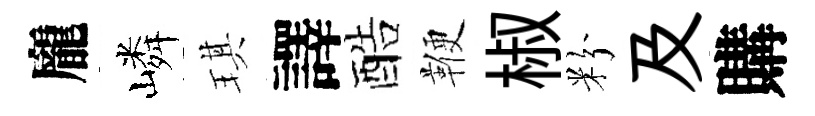
龐嶙琪譯酷鞭椒粉及購